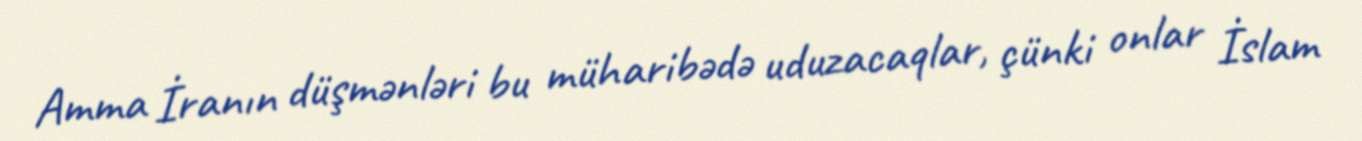
Amma İranın düşmənləri bu müharibədə uduzacaqlar, çünki onlar İslam